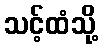
သင့်ထံသို့